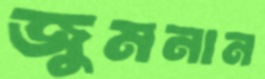
জুমনান